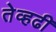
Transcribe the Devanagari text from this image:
तेव्हढी